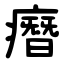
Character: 㿊